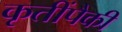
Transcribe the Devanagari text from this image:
कृतींपैकी